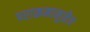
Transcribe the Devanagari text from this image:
पराक्रमामुळेच